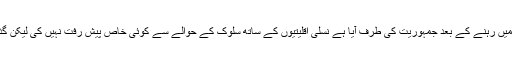
رپورٹ کے مطابق برما نے جو حال میں پانچ دہائیوں تک فوج کی حکمرانی میں رہنے کے بعد جمہوریت کی طرف آیا ہے نسلی اقلیتیوں کے ساتھ سلوک کے حوالے سے کوئی خاص پیش رفت نہیں کی لیکن گذشتہ سال کے مقابلے وہ اس فہرست میں ساتویں نمبر سے آٹھویں پر آ گیا ہے۔